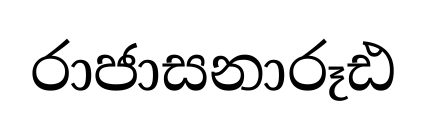
රාජාසනාරූඪ